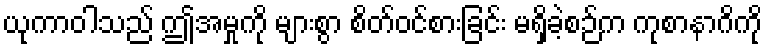
ယုကာဝါသည် ဤအမှုကို များစွာ စိတ်ဝင်စားခြင်း မရှိခဲ့စဉ်က ကုစာနာဂိကို